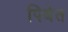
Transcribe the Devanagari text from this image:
पिबेत